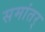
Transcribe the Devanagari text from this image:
समांतर्